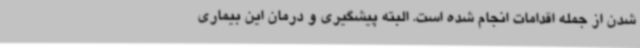
شدن از جمله اقدامات انجام شده است. البته پیشگیری و درمان این بیماری